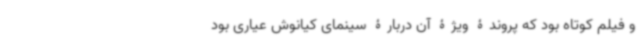
و فیلم کوتاه بود که پروندۀ ویژۀ آن دربارۀ سینمای کیانوش عیاری بود